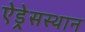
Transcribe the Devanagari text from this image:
ऐड्रेसस्थान